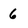
Character: 6